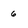
Character: 6